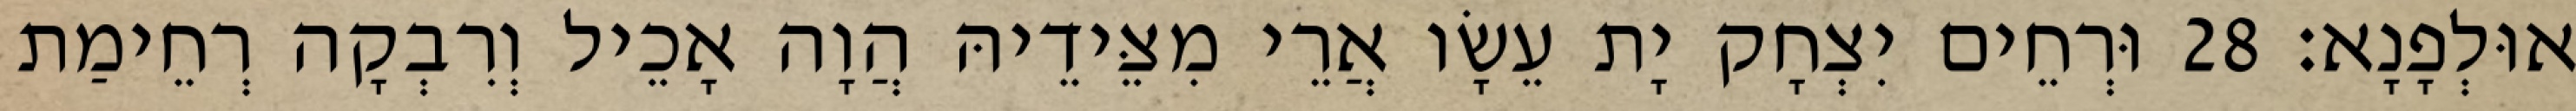
אוּלְפָנָא׃ 28 וּרְחֵים יִצְחָק יָת עֵשָׂו אֲרֵי מִצֵּידֵיהּ הֲוָה אָכֵיל וְרִבְקָה רְחֵימַת